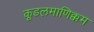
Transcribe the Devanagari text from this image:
कूडलमाणिक्कम